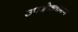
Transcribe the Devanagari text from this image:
उपभोक्‍तागण